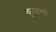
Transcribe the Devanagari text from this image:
कृपाणों